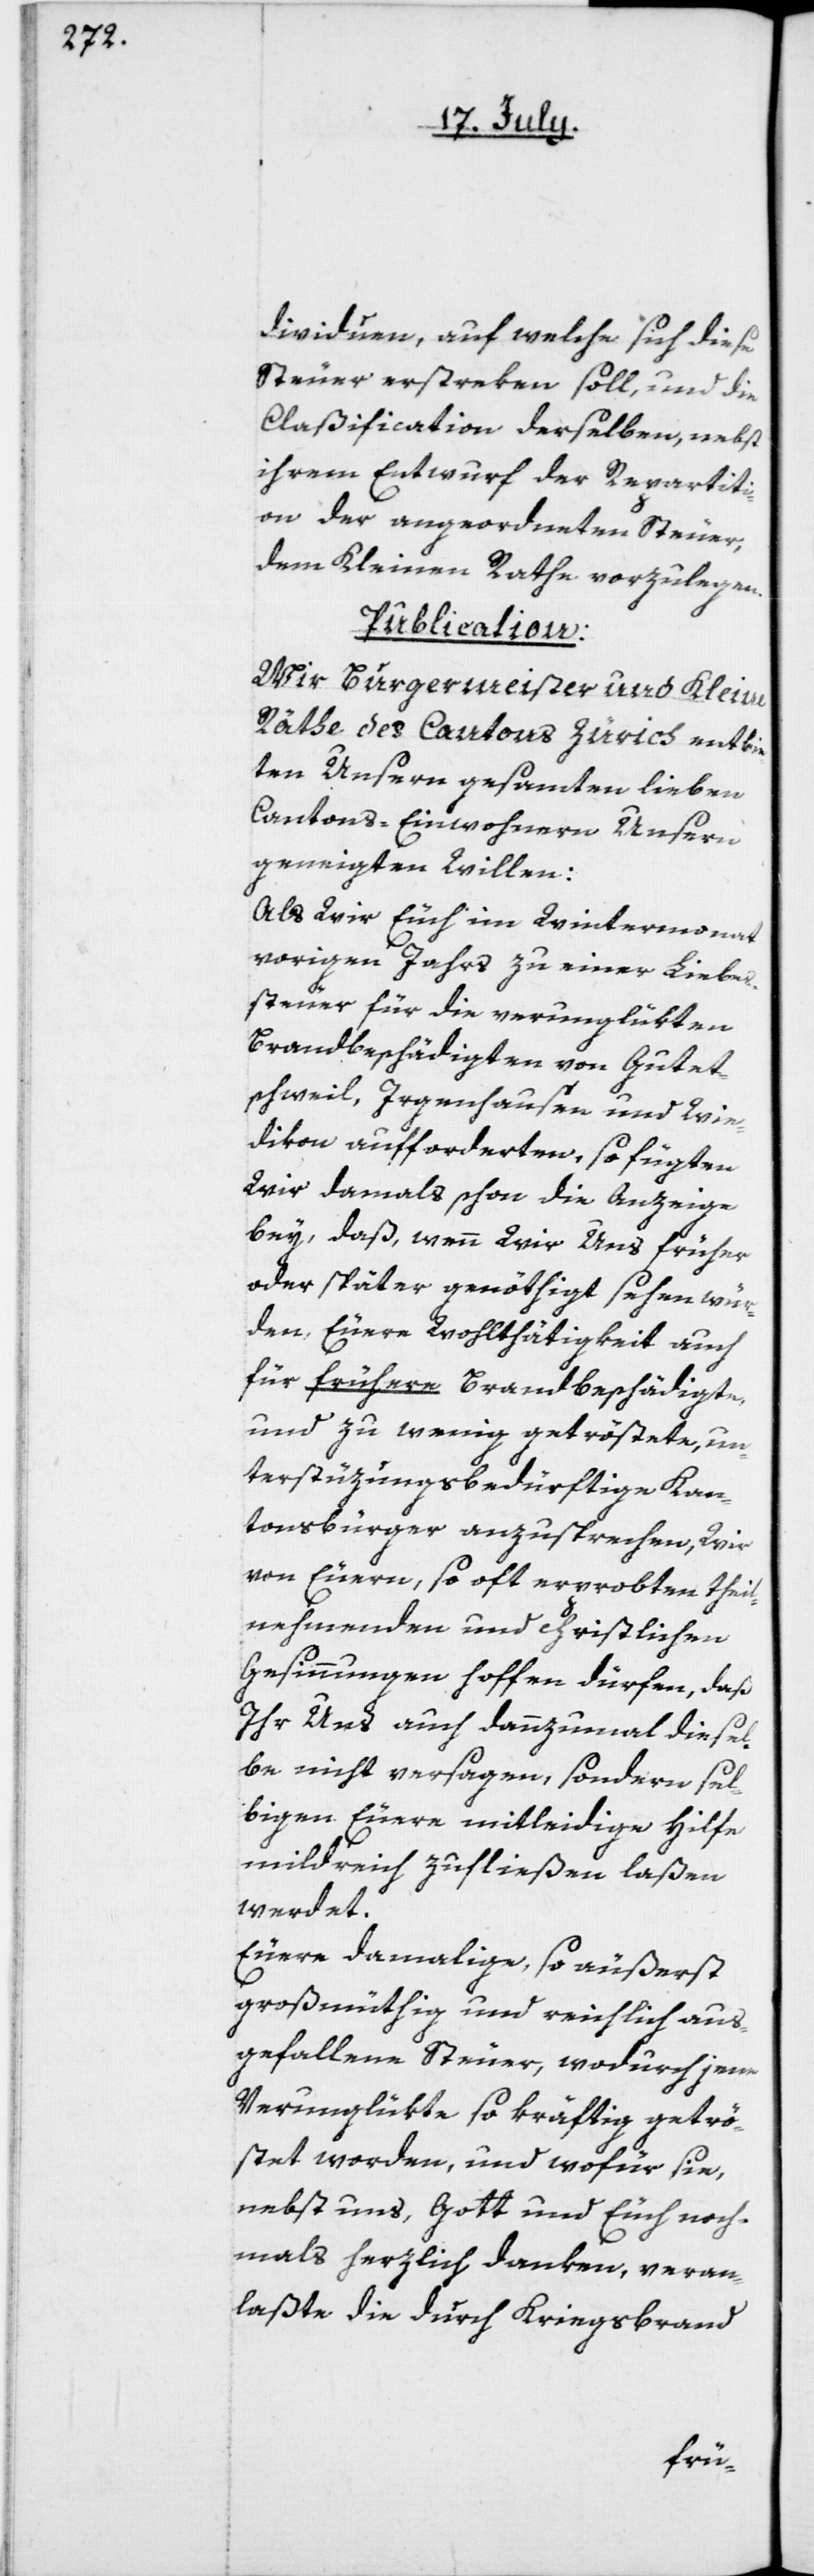
dividuen, auf welche sich diese
Steuer erstreken soll, und die
Claßification derselben, nebst
ihrem Entwurf der Repartit¬
ion der angeordneten Steuer,
dem Kleinen Rathe vorzulegen.
Publication.
Wir Burgermeister und Kleine
Räthe des Cantons Zürich entbie¬
ten Unsern gesamten lieben
Cantons-Einwohnern Unsern
geneigten Willen:
Als wir Euch im Wintermonat
vorigen Jahrs zu einer Liebes¬
steuer für die verunglükten
Brandbeschädigten von Gutet¬
schweil, Irgenhausen und Wie¬
dikon aufforderten, so fügten
Wir damals schon die Anzeige
bey, daß wenn wir uns früher
oder später genöthigt sehen wür¬
den, Euere Wohlthätigkeit auch
für frühere Brandbeschädigte,
und zu wenig getröstete, un¬
terstüzungsbedürftige Kan¬
tonsbürger anzusprechen, Wir
von Euern, so oft erprobten theil¬
nehmenden und christlichen
Gesinnungen hoffen dürfen, daß
ihr Uns auch dannzumal diesel¬
be nicht versagen, sondern sel¬
bigen Euere mitleidige Hilfe
mildreich zufließen laßen
werdet.
Euere damalige, so äußerst
großmüthig und reichlich aus¬
gefallene Steuer, wodurch jene
Verunglükte so kräftig getrö¬
stet worden, und wofür sie,
nebst uns, Gott und Euch noch¬
mals herzlich danken, veran¬
laßte die durch Kriegsbrand